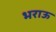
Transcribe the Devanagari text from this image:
भराऊ